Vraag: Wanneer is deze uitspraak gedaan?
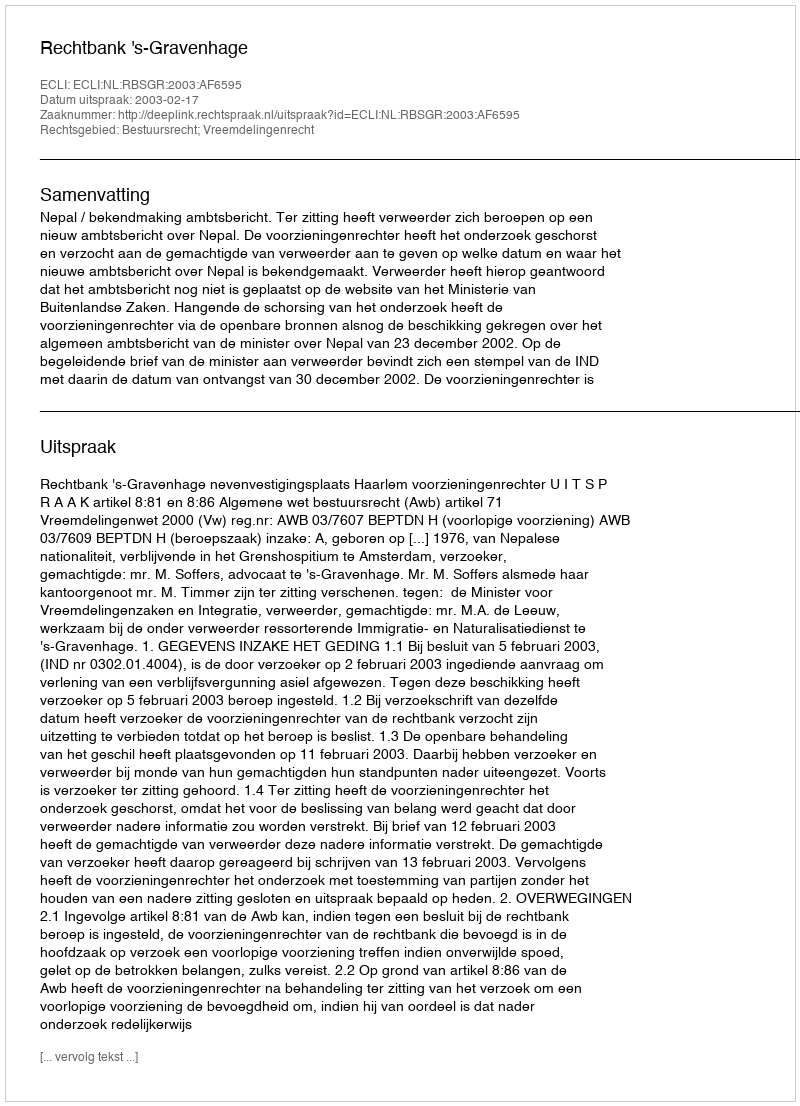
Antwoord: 2003-02-17